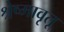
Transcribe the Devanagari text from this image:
श्रेष्मावृतू